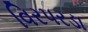
વિરપરડા